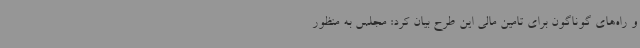
و راه‌های گوناگون برای تامین مالی این طرح بیان کرد: مجلس به منظور